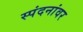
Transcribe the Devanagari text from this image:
स्पंदनांवर